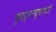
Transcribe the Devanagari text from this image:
नुसत्याच्गोष्टी